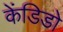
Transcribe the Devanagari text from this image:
केंडिडो